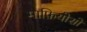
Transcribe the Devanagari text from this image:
माफ़ियोसो